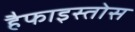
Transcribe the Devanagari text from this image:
हैफाइस्तोस